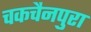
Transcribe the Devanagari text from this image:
चकचैनपुरा